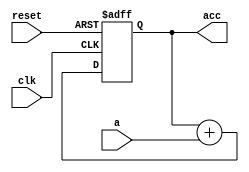
//                              -*- Mode: Verilog -*-
// Description     : Accumulator
module acc (
	    // Outputs
	    acc, 
	    // Inputs
	    clk, reset, a
	    ) ;
   input  clk, reset;
   input [7:0] a;
   output [7:0] acc;
   
   reg [7:0] 	acc;
   
   always @ (posedge clk or posedge reset) begin
      if (reset) begin
	 acc <= 0;
      end else begin
	 acc <= acc + a;
      end
   end
   
endmodule // acc